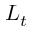
L _ { t }